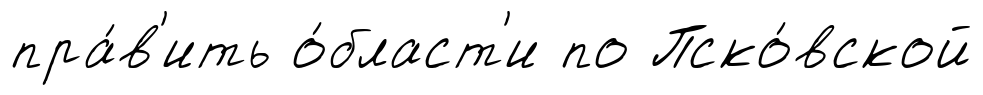
пра́в'ить о́бласт'и по Пско́вской